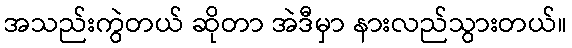
အသည်းကွဲတယ် ဆိုတာ အဲဒီမှာ နားလည်သွားတယ်။